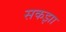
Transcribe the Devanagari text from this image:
सकझा